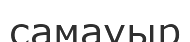
самауыр